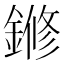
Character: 鎀